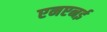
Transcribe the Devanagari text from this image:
एनएनई